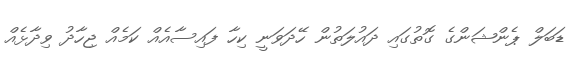
ޑަބަލް ޕެންޝަންގެ ގޮތުގައި ދައުލަތުން ހޭދަވަނީ ކިހާ ފައިސާއެއް ކަމެއް ޖިހާދު ވިދާޅެއް